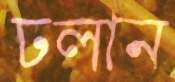
ঢলান